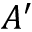
A ^ { \prime }